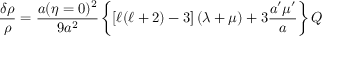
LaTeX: \frac { \delta \rho } { \rho } = \frac { a ( \eta = 0 ) ^ { 2 } } { 9 a ^ { 2 } } \left\{ \left[ \ell ( \ell + 2 ) - 3 \right] \left( \lambda + \mu \right) + 3 \frac { a ^ { \prime } \mu ^ { \prime } } { a } \right\} Q